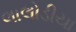
લાલોડીયા